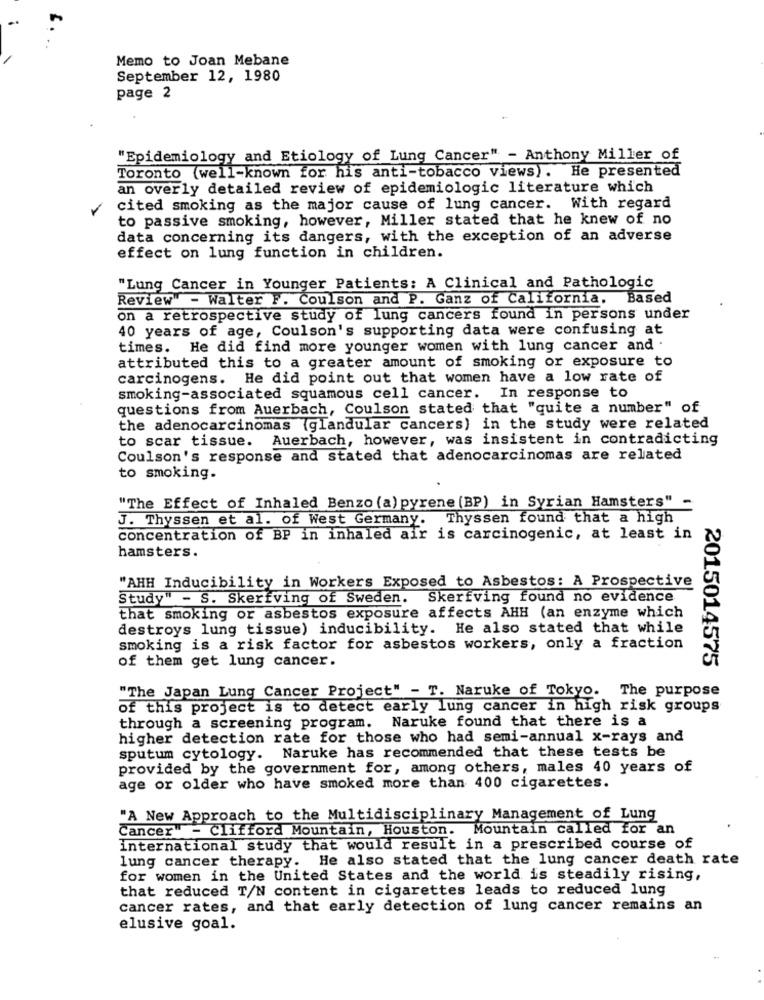
Memo to Joan Mebane
September 12, 1980
page 2
"Epidemiology and Etiology of Lung Cancer" - Anthony Miller of
Toronto (well-known for his anti-tobacco views). He presented
an overly detailed review of epidemiologic literature which
cited smoking as the major cause of lung cancer. With regard
to passive smoking, however, Miller stated that he knew of no
data concerning its dangers, with the exception of an adverse
effect on lung function in children.
"Lung Cancer in Younger Patients: A Clinical and Pathologic
Review" - Walter F. Coulson and P. Ganz of California. Based
on a retrospective study of lung cancers found in persons under
40 years of age, Coulson's supporting data were confusing at
times. He did find more younger women with lung cancer and .
attributed this to a greater amount of smoking or exposure to
carcinogens. He did point out that women have a low rate of
smoking-associated squamous cell cancer. In response to
questions from Auerbach, Coulson stated that "quite a number" of
the adenocarcinomas (glandular cancers) in the study were related
to scar tissue. Auerbach, however, was insistent in contradicting
Coulson's response and stated that adenocarcinomas are related
to smoking.
"The Effect of Inhaled Benzo (a) pyrene (BP) in Syrian Hamsters" -
J. Thyssen et al. of West Germany. Thyssen found that a high
concentration of BP in inhaled air is carcinogenic, at least in
hamsters.
"AHH Inducibility in Workers Exposed to Asbestos: A Prospective
Study" - S. Skerfving of Sweden.
Skerfving found no evidence
that smoking or asbestos exposure affects AHH (an enzyme which
destroys lung tissue) inducibility. He also stated that while
smoking is a risk factor for asbestos workers, only a fraction
of them get lung cancer.
2015014575
"The Japan Lung Cancer Project" - T. Naruke of Tokyo. The purpose
of this project is to detect early lung cancer in high risk groups
through a screening program. Naruke found that there is a
higher detection rate for those who had semi-annual x-rays and
sputum cytology. Naruke has recommended that these tests be
provided by the government for, among others, males 40 years of
age or older who have smoked more than 400 cigarettes.
"A New Approach to the Multidisciplinary Management of Lung
Cancer" - Clifford Mountain, Houston. Mountain called for an
international study that would result in a prescribed course of
lung cancer therapy. He also stated that the lung cancer death rate
for women in the United States and the world is steadily rising,
that reduced T/N content in cigarettes leads to reduced lung
cancer rates, and that early detection of lung cancer remains an
elusive goal.